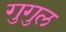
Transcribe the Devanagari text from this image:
गुगुल